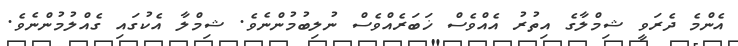
އެންމެ ދެރަވީ ޝިމްލާގެ އިތުރު އެއްވެސް ޚަބަރެއްވެސް ނުލިބުމުންނެވެ. ޝިމްލާ އެކުގައި ގެއްލުމުންނެވެ.